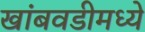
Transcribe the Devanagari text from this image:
खांबवडीमध्ये